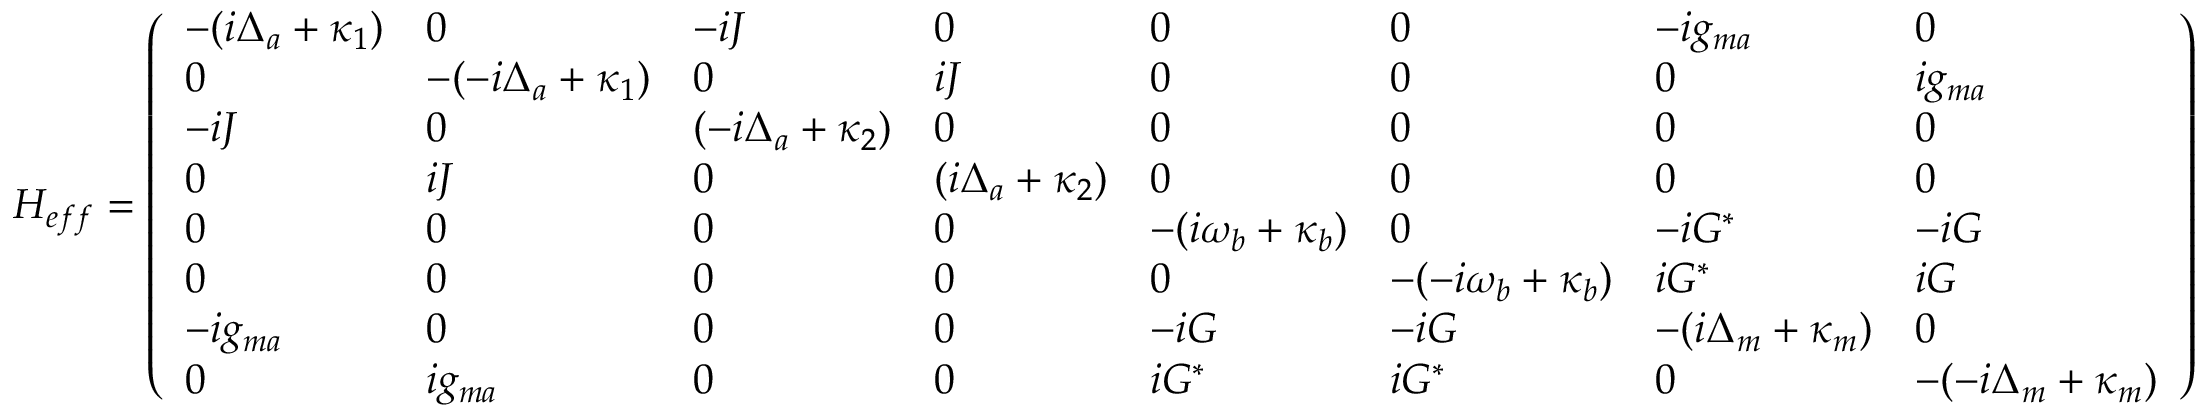
H _ { e f f } = \left( \begin{array} { l l l l l l l l } { - ( i \Delta _ { a } + \kappa _ { 1 } ) } & { 0 } & { - i J } & { 0 } & { 0 } & { 0 } & { - i g _ { m a } } & { 0 } \\ { 0 } & { - ( - i \Delta _ { a } + \kappa _ { 1 } ) } & { 0 } & { i J } & { 0 } & { 0 } & { 0 } & { i g _ { m a } } \\ { - i J } & { 0 } & { ( - i \Delta _ { a } + \kappa _ { 2 } ) } & { 0 } & { 0 } & { 0 } & { 0 } & { 0 } \\ { 0 } & { i J } & { 0 } & { ( i \Delta _ { a } + \kappa _ { 2 } ) } & { 0 } & { 0 } & { 0 } & { 0 } \\ { 0 } & { 0 } & { 0 } & { 0 } & { - ( i \omega _ { b } + \kappa _ { b } ) } & { 0 } & { - i G ^ { * } } & { - i G } \\ { 0 } & { 0 } & { 0 } & { 0 } & { 0 } & { - ( - i \omega _ { b } + \kappa _ { b } ) } & { i G ^ { * } } & { i G } \\ { - i g _ { m a } } & { 0 } & { 0 } & { 0 } & { - i G } & { - i G } & { - ( i \Delta _ { m } + \kappa _ { m } ) } & { 0 } \\ { 0 } & { i g _ { m a } } & { 0 } & { 0 } & { i G ^ { * } } & { i G ^ { * } } & { 0 } & { - ( - i \Delta _ { m } + \kappa _ { m } ) } \end{array} \right)